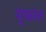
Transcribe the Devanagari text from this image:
गुंफांत